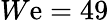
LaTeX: W\mathrm{e}=49